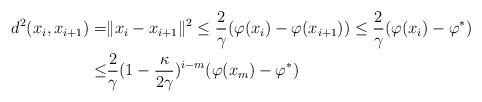
LaTeX: \begin{align*}d^2(x_i,x_{i+1})= & \|x_i-x_{i+1}\|^2 \leq \frac{2}{\gamma}(\varphi(x_i)-\varphi(x_{i+1}))\leq \frac{2}{\gamma}(\varphi(x_i)-\varphi^*)\\\leq & \frac{2}{\gamma}(1-\frac{\kappa}{2\gamma})^{i-m}(\varphi(x_m)-\varphi^*)\end{align*}